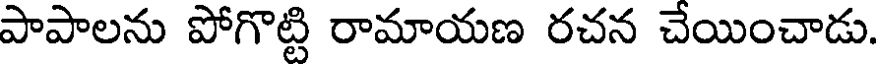
పాపాలను పోగొట్టి రామాయణ రచన చేయించాడు.